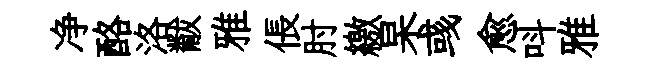
净酪洛黻雅倀肘繳杲彧愈呌雅